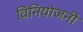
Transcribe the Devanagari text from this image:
विनियोजनी